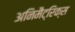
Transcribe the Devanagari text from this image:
अनिमैट्रिक्स